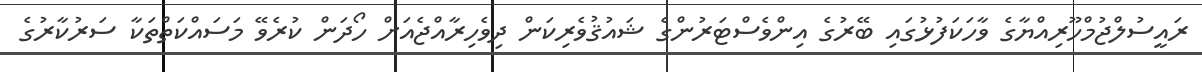
ރައީސުލްޖުމްހޫރިއްޔާގެ ވާހަކަފުޅުގައި ބޭރުގެ އިންވެސްޓަރުންގެ ޝައުޤުވެރިކަން ދިވެހިރާއްޖެއަށް ހޯދަން ކުރެވޭ މަސައްކަތްތަކާ ސަރުކާރުގެ